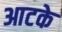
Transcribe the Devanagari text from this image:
आटके